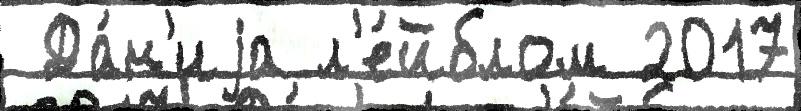
 Да́н'иjа л'е́йблом 2017